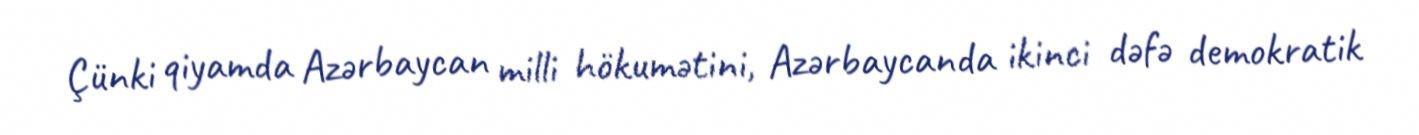
Çünki qiyamda Azərbaycan milli hökumətini, Azərbaycanda ikinci dəfə demokratik